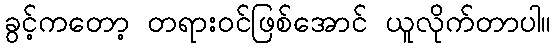
ခွင့်ကတော့ တရားဝင်ဖြစ်အောင် ယူလိုက်တာပါ။